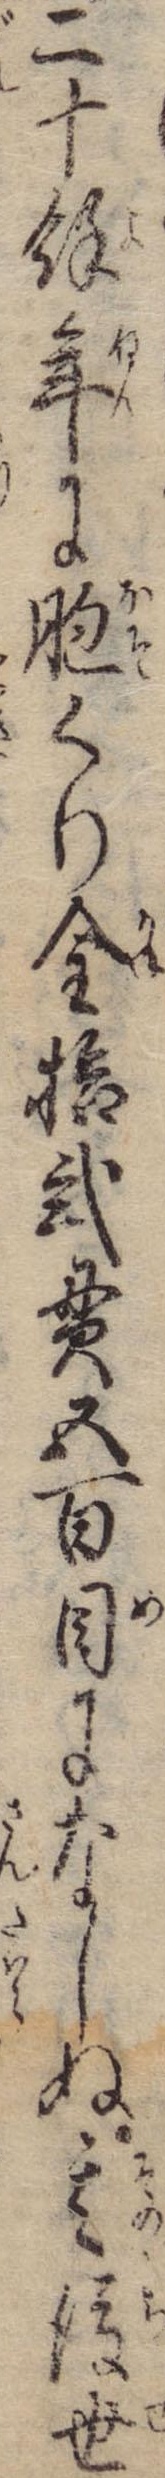
二十余年に胞くり金拾弐貫五百目になしぬ其後世